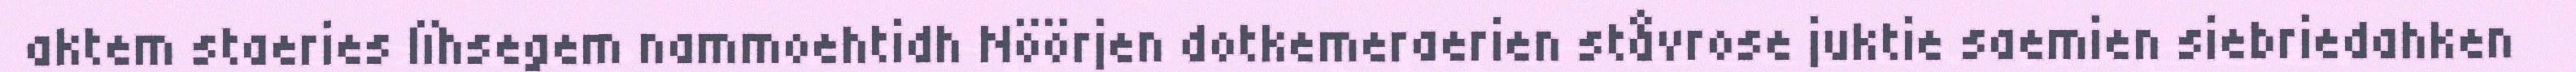
aktem staeries lïhsegem nammoehtidh Nöörjen dotkemeraerien ståvrose juktie saemien siebriedahken